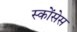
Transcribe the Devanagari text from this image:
स्कोंसेस